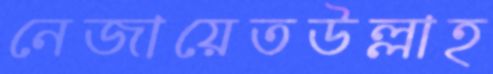
নেজায়েতউল্লাহ